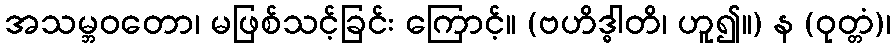
အသမ္ဘဝတော၊ မဖြစ်သင့်ခြင်း ကြောင့်။ (ဗဟိဒ္ဓါတိ၊ ဟူ၍။) န (ဝုတ္တံ)၊